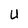
Character: U